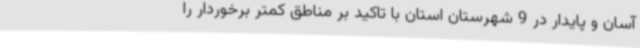
آسان و پایدار در 9 شهرستان استان با تاکید بر مناطق کمتر برخوردار را